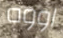
اووه